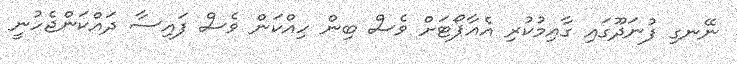
ނޭނގި ފުނަދޫގައި ގާއިމުކުރި އެއާޕޯޓަށް ވެސް ބިން ހިއްކަން ވެސް ފައިސާ ދައްކަންޖެހުނީ